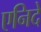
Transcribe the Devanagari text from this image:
एनिदे